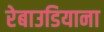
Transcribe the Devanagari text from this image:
रेबाउडियाना